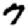
Digit: 7